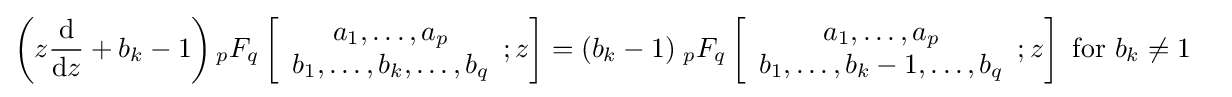
{\begin{aligned}\left(z{\frac {\rm {d}}{{\rm {d}}z}}+b_{k}-1\right){}_{p}F_{q}\left[{\begin{array}{c}a_{1},\dots ,a_{p}\\b_{1},\dots ,b_{k},\dots ,b_{q}\end{array}};z\right]&=(b_{k}-1)\;{}_{p}F_{q}\left[{\begin{array}{c}a_{1},\dots ,a_{p}\\b_{1},\dots ,b_{k}-1,\dots ,b_{q}\end{array}};z\right]{\text{ for }}b_{k}\neq 1\end{aligned}}